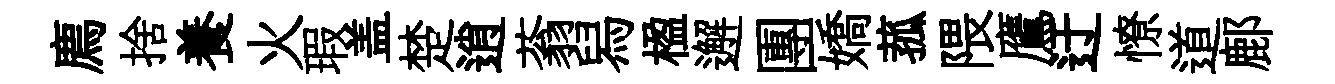
廌捨養火瑕盖楚逍蓊舄楹邂團嬌菰隈鷹迂憭道鄜